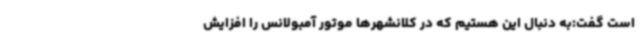
است گفت:به دنبال این هستیم که در کلانشهرها موتور آمبولانس را افزایش